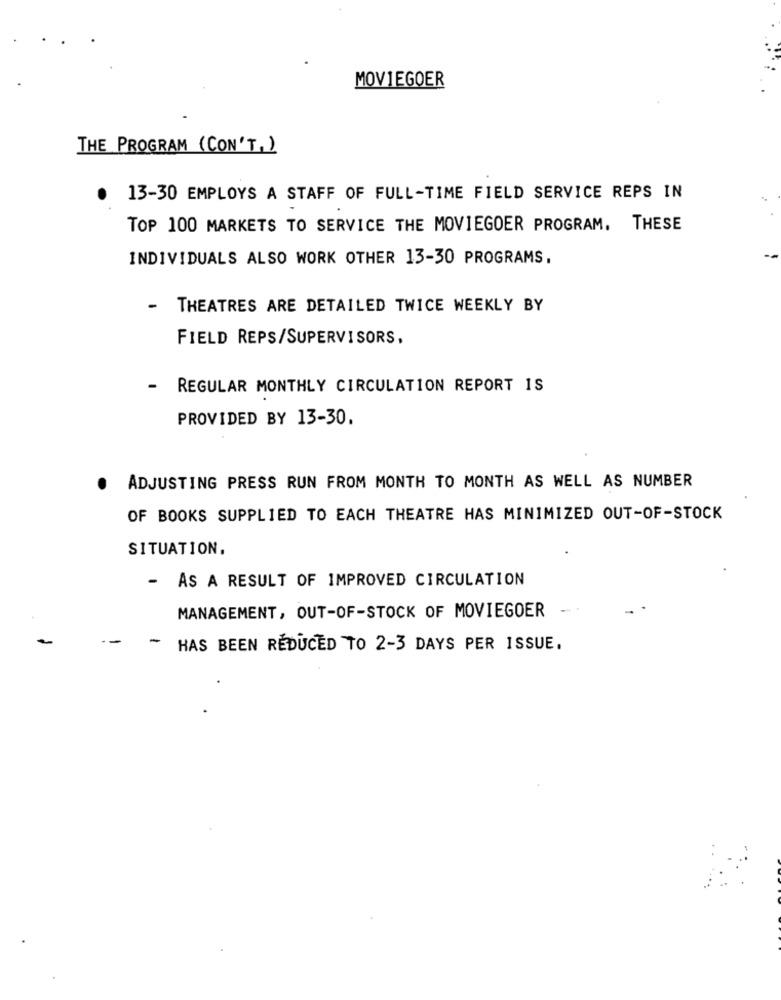
MOVIEGOER
THE PROGRAM (CON'T, )
13-30 EMPLOYS A STAFF OF FULL-TIME FIELD SERVICE REPS IN
TOP 100 MARKETS TO SERVICE THE MOVIEGOER PROGRAM. THESE
INDIVIDUALS ALSO WORK OTHER 13-30 PROGRAMS.
-
THEATRES ARE DETAILED TWICE WEEKLY BY
FIELD REPS/SUPERVISORS,
REGULAR MONTHLY CIRCULATION REPORT IS
PROVIDED BY 13-30.
.
ADJUSTING PRESS RUN FROM MONTH TO MONTH AS WELL AS NUMBER
OF BOOKS SUPPLIED TO EACH THEATRE HAS MINIMIZED OUT-OF-STOCK
SITUATION,
AS A RESULT OF IMPROVED CIRCULATION
-
-
MANAGEMENT, OUT-OF-STOCK OF MOVIEGOER
-
HAS BEEN REDUCED TO 2-3 DAYS PER ISSUE.